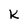
Character: K